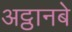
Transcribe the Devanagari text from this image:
अट्ठानबे